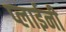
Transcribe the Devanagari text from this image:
प्लाईनी